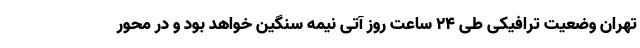
تهران وضعیت ترافیکی طی ۲۴ ساعت روز آتی نیمه سنگین خواهد بود و در محور